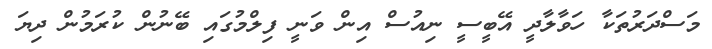
މަސްދަރުތަކާ ހަވާލާދީ އޭބީސީ ނިއުސް އިން ވަނީ ފިލްމުގައި ބޭނުން ކުރަމުން ދިޔަ